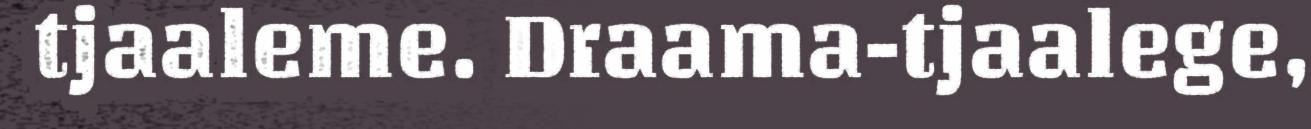
tjaaleme. Draama-tjaalege,